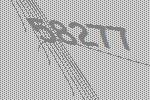
58277